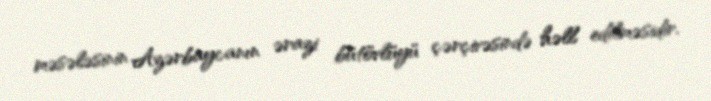
məsələsinin Azərbaycanın ərazi bütövlüyü çərçivəsində həll edilməsidir.